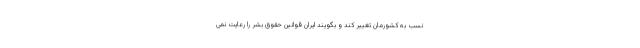
نسب به کشورمان تغییر کند و بگویند ایران قوانین حقوق بشر را رعایت نمی